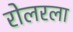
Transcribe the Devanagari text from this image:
रोलरला